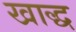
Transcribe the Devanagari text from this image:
खाद्ध